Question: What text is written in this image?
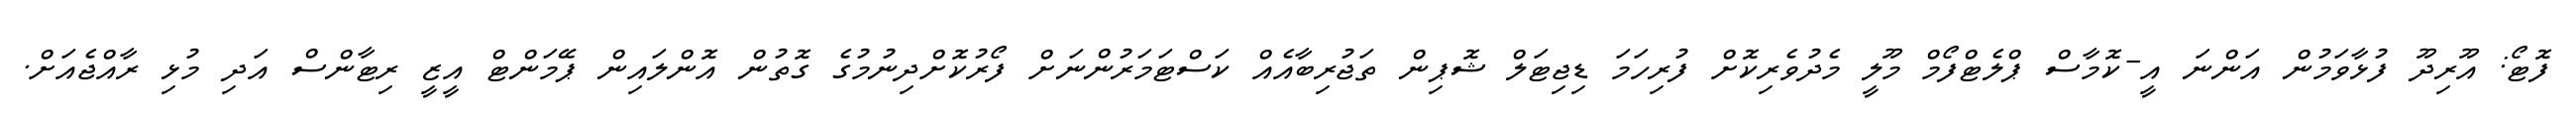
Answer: ފޮޓޯ: އޫރިދޫ ފުޅާވަމުން އަންނަ އީ-ކޮމާސް ޕްލެޓްފޯމް މޫލީ މެދުވެރިކޮށް ފުރިހަމަ ޑިޖިޓަލް ޝޮޕިން ތަޖުރިބާއެއް ކަސްޓަމަރުންނަށް ފޯރުކޮށްދިނުމުގެ ގޮތުން އޮންލައިން ޕޭމަންޓް އީޒީ ރިޓާންސް އަދި މުޅި ރާއްޖެއަށް.